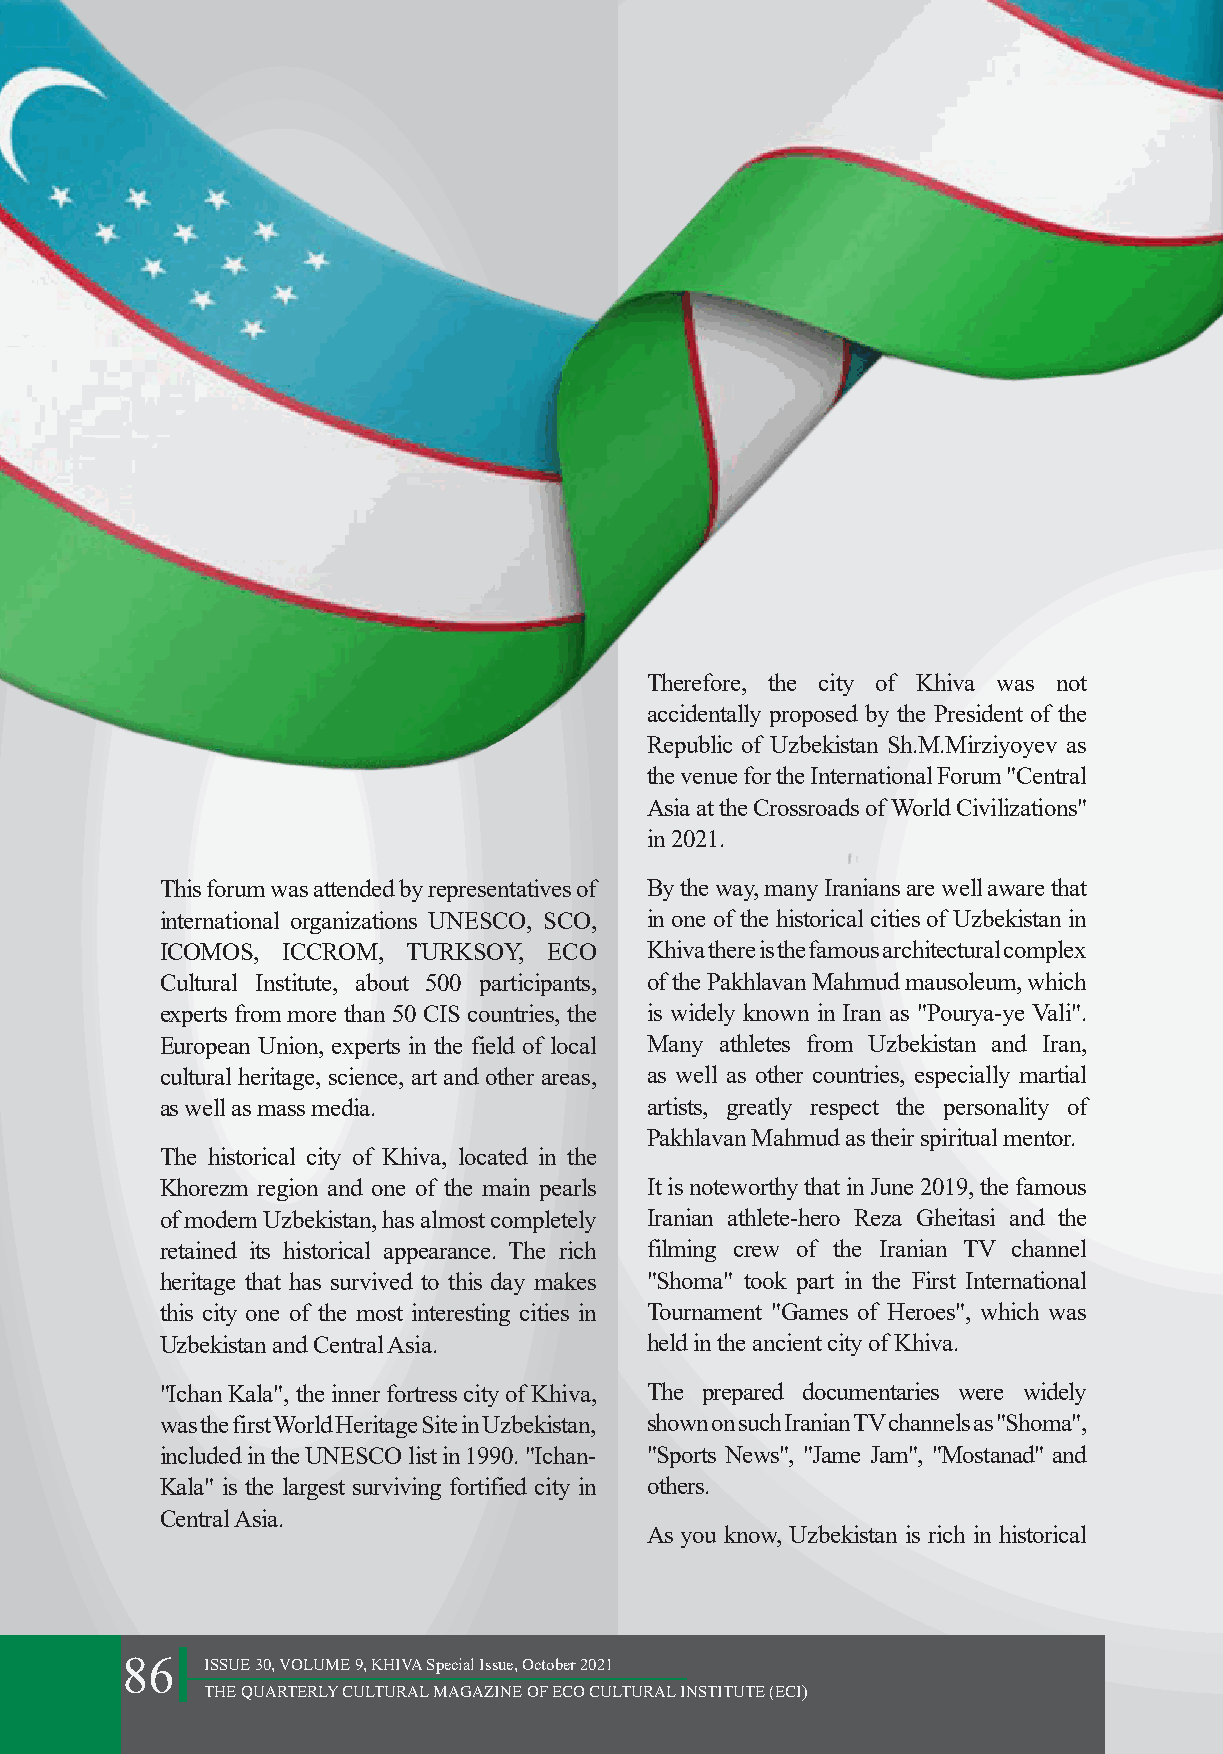
Therefore, the city of Khiva was not
 accidentally proposed by the President of the
 Republic of Uzbekistan Sh.M.Mirziyoyev as
 the venue for the International Forum "Central
 Asia at the Crossroads of World Civilizations"
 in 2021.
 This forum was attended by representatives of By the way, many Iranians are well aware that
 international organizations UNESCO, SCO, in one of the historical cities of Uzbekistan in
 ICOMOS, ICCROM, TURKSOY, ECO    Khiva there is the famous architectural complex
 Cultural Institute, about 500 participants, of the Pakhlavan Mahmud mausoleum, which
 experts from more than 50 CIS countries, the is widely known in Iran as "Pourya-ye Vali".
 European Union, experts in the field of local Many athletes from Uzbekistan and Iran,
 cultural heritage, science, art and other areas, as well as other countries, especially martial
 as well as mass media.          artists, greatly respect the personality of
 Pakhlavan Mahmud as their spiritual mentor.
 The historical city of Khiva, located in the
 Khorezm region and one of the main pearls It is noteworthy that in June 2019, the famous
 of modern Uzbekistan, has almost completely Iranian athlete-hero Reza Gheitasi and the
 retained its historical appearance. The rich filming crew of the Iranian TV channel
 heritage that has survived to this day makes "Shoma" took part in the First International
 this city one of the most interesting cities in Tournament "Games of Heroes", which was
 Uzbekistan and Central Asia.    held in the ancient city of Khiva.
 "Ichan Kala", the inner fortress city of Khiva, The prepared documentaries were widely
 was the first World Heritage Site in Uzbekistan, shown on such Iranian TV channels as "Shoma",
 included in the UNESCO list in 1990. "Ichan- "Sports News", "Jame Jam", "Mostanad" and
 Kala" is the largest surviving fortified city in others.
 Central Asia.
 As you know, Uzbekistan is rich in historical
 86    ISSUE 30, VOLUME 9, KHIVA Special Issue, October 2021
 THE QUARTERLY CULTURAL MAGAZINE OF ECO CULTURAL INSTITUTE (ECI)